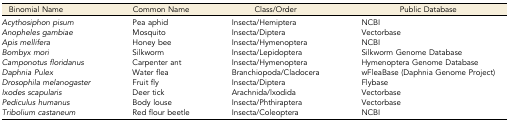
| Binomial Name | Common Name | Class/Order | Public Database |
 | --- | --- | --- | --- |
 | Acythosiphon pisum | Pea aphid | Insecta/Hemiptera | NCBI |
 | Anopheles gambiae | Mosquito | Insecta/Diptera | Vectorbase |
 | Apis mellifera | Honey bee | Insecta/Hymenoptera | NCBI |
 | Bombyx mori | Silkworm | Insecta/Lepidoptera | Silkworm Genome Database |
 | Camponotus floridanus | Carpenter ant | Insecta/Hymenoptera | Hymenoptera Genome Database |
 | Daphnia Pulex | Water flea | Branchiopoda/Cladocera | wFleaBase (Daphnia Genome Project) |
 | Drosophila melanogaster | Fruit fly | Insecta/Diptera | Flybase |
 | Ixodes scapularis | Deer tick | Arachnida/lxodida | Vectorbase |
 | Pediculus humanus | Body louse | Insecta/Phthiraptera | Vectorbase |
 | Tribolium castaneum | Red flour beetle | Insecta/Coleoptera | NCBI |